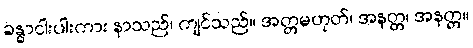
ခန္ဓာငါးပါးကား နာသည်၊ ကျင်သည်။ အတ္တမဟုတ်၊ အနတ္တ၊ အနတ္တ။